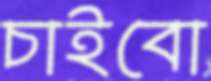
চাইবো